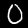
Digit: 0